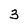
Character: 3